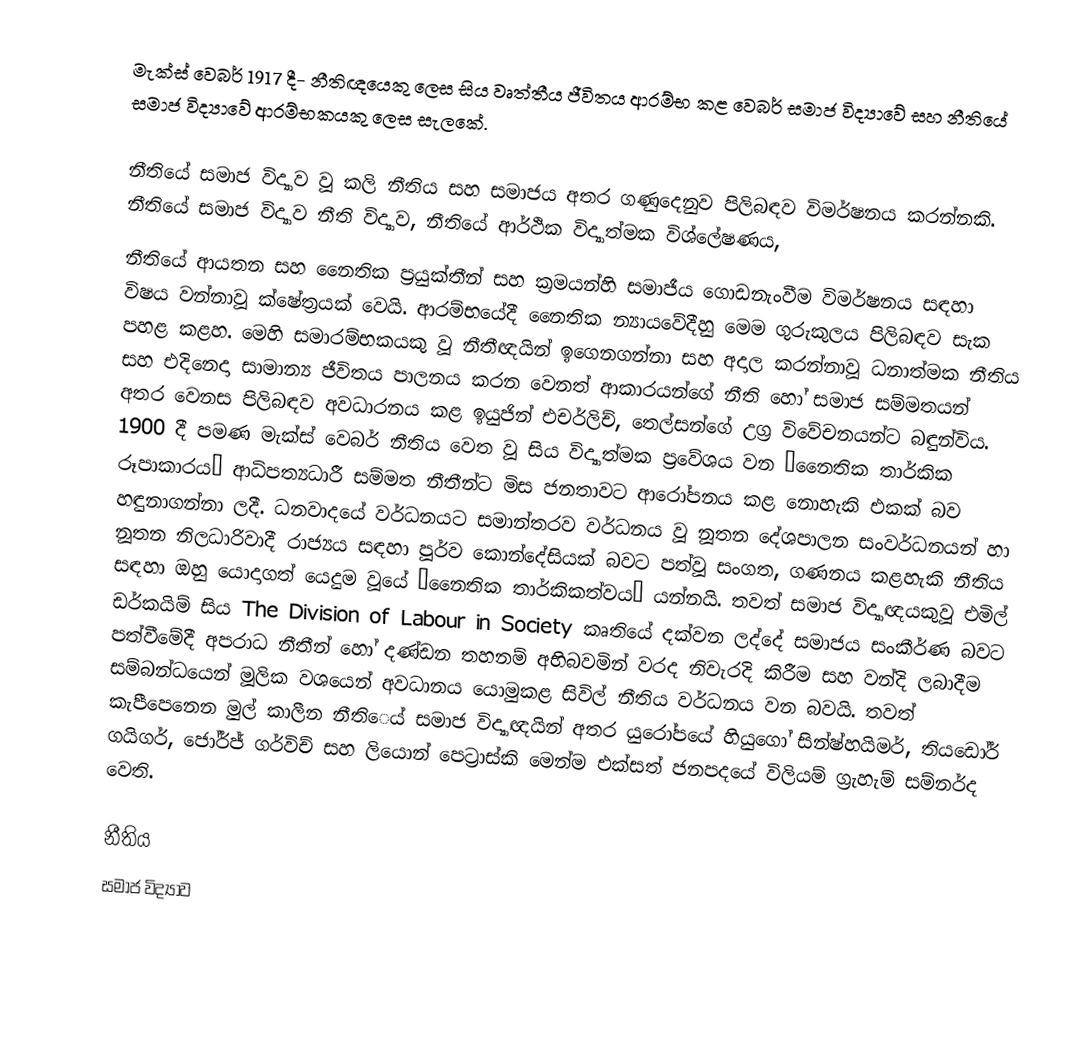
මැක්ස් වෙබර් 1917 දී- නීතිඥයෙකු ලෙස සිය වෘත්තීය ජීවිතය ආරම්භ කළ වෙබර් සමාජ විද්‍යාවේ සහ නීතියේ සමාජ විද්‍යාවේ ආරම්භකයකු ලෙස සැලකේ.

නීතියේ සමාජ විද්‍යාව වූ කලි නීතිය සහ සමාජය අතර ගණුදෙනුව පිලිබඳව විමර්ෂනය කරන්නකි. නීතියේ  සමාජ විද්‍යාව නීති විද්‍යාව, නීතියේ ආර්ථික විද්‍යාත්මක විශ්ලේෂණය,
නීතියේ ආයතන සහ නෛතික ප‍්‍රයුක්තීන් සහ ක‍්‍රමයන්හි සමාජීය ගොඩනැංවීම විමර්ෂනය සඳහා විෂය වන්නාවූ ක්ෂේත‍්‍රයක් වෙයි. ආරම්භයේදී නෛතික න්‍යායවේදීහු මෙම ගුරුකුලය පිලිබඳව සැක පහළ කළහ. මෙහි සමාරම්භකයකු වූ නීතීඥයින් ඉගෙනගන්නා සහ අදාල කරන්නාවූ ධනාත්මක නීතිය සහ එදිනෙදා සාමාන්‍ය ජීවිතය පාලනය කරන වෙනත් ආකාරයන්ගේ නීති හෝ සමාජ සම්මතයන් අතර වෙනස පිලිබඳව අවධාරනය කළ ඉයුජින් එචර්ලිච්, තෙල්සන්ගේ උග‍්‍ර විවේචනයන්ට බඳුන්විය. 1900 දී පමණ මැක්ස් වෙබර් නීතිය වෙත වූ සිය විද්‍යාත්මක ප‍්‍රවේශය වන ‘නෛතික තාර්කික රූපාකාරය’ ආධිපත්‍යධාරී සම්මත නීතීන්ට මිස ජනතාවට ආරෝපනය කළ නොහැකි එකක් බව හඳුනාගන්නා ලදී. ධනවාදයේ වර්ධනයට සමාන්තරව වර්ධනය වූ නූතන දේශපාලන සංවර්ධනයන් හා නූතන නිලධාරිවාදී රාජ්‍යය සඳහා පූර්ව කොන්දේසියක් බවට පත්වූ සංගත, ගණනය කළහැකි නීතිය සඳහා ඔහු යොදාගත් යෙදුම වූයේ ‘නෛතික තාර්කිකත්වය’ යන්නයි. තවත් සමාජ විද්‍යාඥයකුවූ එමිල් ඩර්කයිම් සිය The Division of Labour in Society කෘතියේ දක්වන ලද්දේ සමාජය සංකීර්ණ බවට පත්වීමේදී අපරාධ නීතීන් හෝ දණ්ඩන තහනම් අභිබවමින් වරද නිවැරදි කිරීම සහ වන්දි ලබාදීම සම්බන්ධයෙන් මූලික වශයෙන් අවධානය යොමුකළ සිවිල් නීතිය වර්ධනය වන බවයි. තවත් කැපීපෙනෙන මුල් කාලීන නීතිෙය් සමාජ විද්‍යාඥයින් අතර යුරෝපයේ හියුගෝ සින්ෂ්හයිමර්, තියඩෝර් ගයිගර්, ජෝර්ජ් ගර්විච් සහ ලියොන් පෙට‍්‍රාස්කි මෙන්ම එක්සත් ජනපදයේ විලියම් ග‍්‍රැහැම් සම්නර්ද වෙති.

නීතිය
සමාජ විද්‍යාව